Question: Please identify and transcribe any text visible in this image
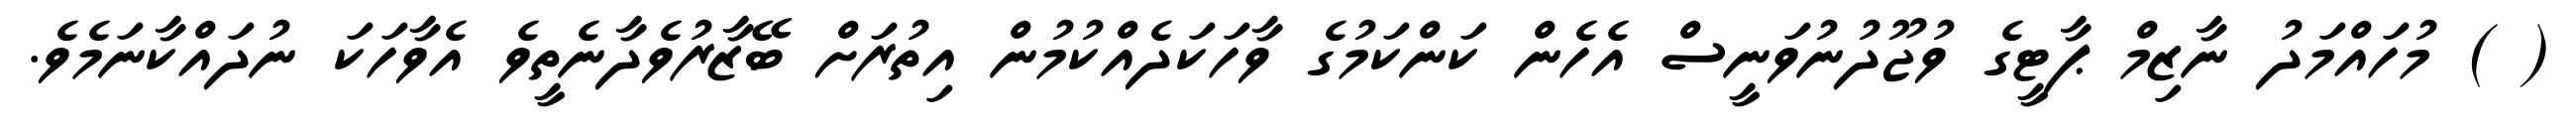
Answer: ( ) މުހައްމަދު ނާޒިމް ޕާޓީގެ ވުޖޫދުނުވަނީސް އެހެން ކަންކަމުގެ ވާހަކަދެއްކުމުން އިތުރަށް ބޭޒާރުވެދާނެތީވެ އެވާހަކަ ނުދައްކާނަމެވެ.